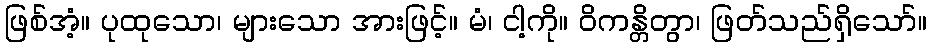
ဖြစ်အံ့။ ပုထုသော၊ များသော အားဖြင့်။ မံ၊ ငါ့ကို။ ဝိကန္တိတွာ၊ ဖြတ်သည်ရှိသော်။